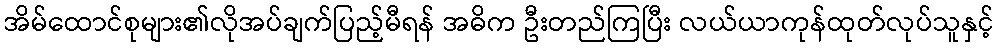
အိမ်ထောင်စုများ၏လိုအပ်ချက်ပြည့်မီရန် အဓိက ဦးတည်ကြပြီး လယ်ယာကုန်ထုတ်လုပ်သူနှင့်